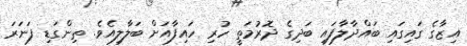
އިޒާގެ ގައިގައި ބައްދާލާފައި ބަދިގެ ދޮރުމަތީ ހުރި ހައިފާއަށް ބަލާލިއެވެ. ތިންގަޑި ފަނަރަ